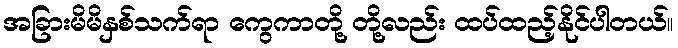
အခြားမိမိနှစ်သက်ရာ ကွေကာတို့ တို့လည်း ထပ်ထည့်နိုင်ပါတယ်။